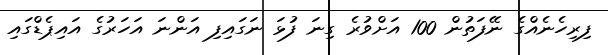
ފިރިހެނެއްގެ ނޭފަތުން 100 އަށްވުރެ ގިނަ ފުޅަ ނަގައިފި އަންނަ އަހަރުގެ އައިޕެޑްގައި